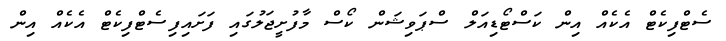
ސެޓްފިކެޓް އެކެއް އިން ކަސްޓޯޑިއަލް ސްޕަވިޝަން ކޯސް މާފުށީޖަލުގައި ފަށައިފިސެޓްފިކެޓް އެކެއް އިން